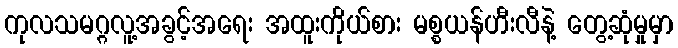
ကုလသမဂ္ဂလူ့အခွင့်အရေး အထူးကိုယ်စား မစ္စယန်ဟီးလီနဲ့ တွေ့ဆုံမှုမှာ